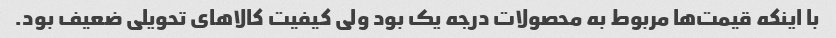
با اینکه قیمت‌ها مربوط به محصولات درجه یک بود ولی کیفیت کالاهای تحویلی ضعیف بود.